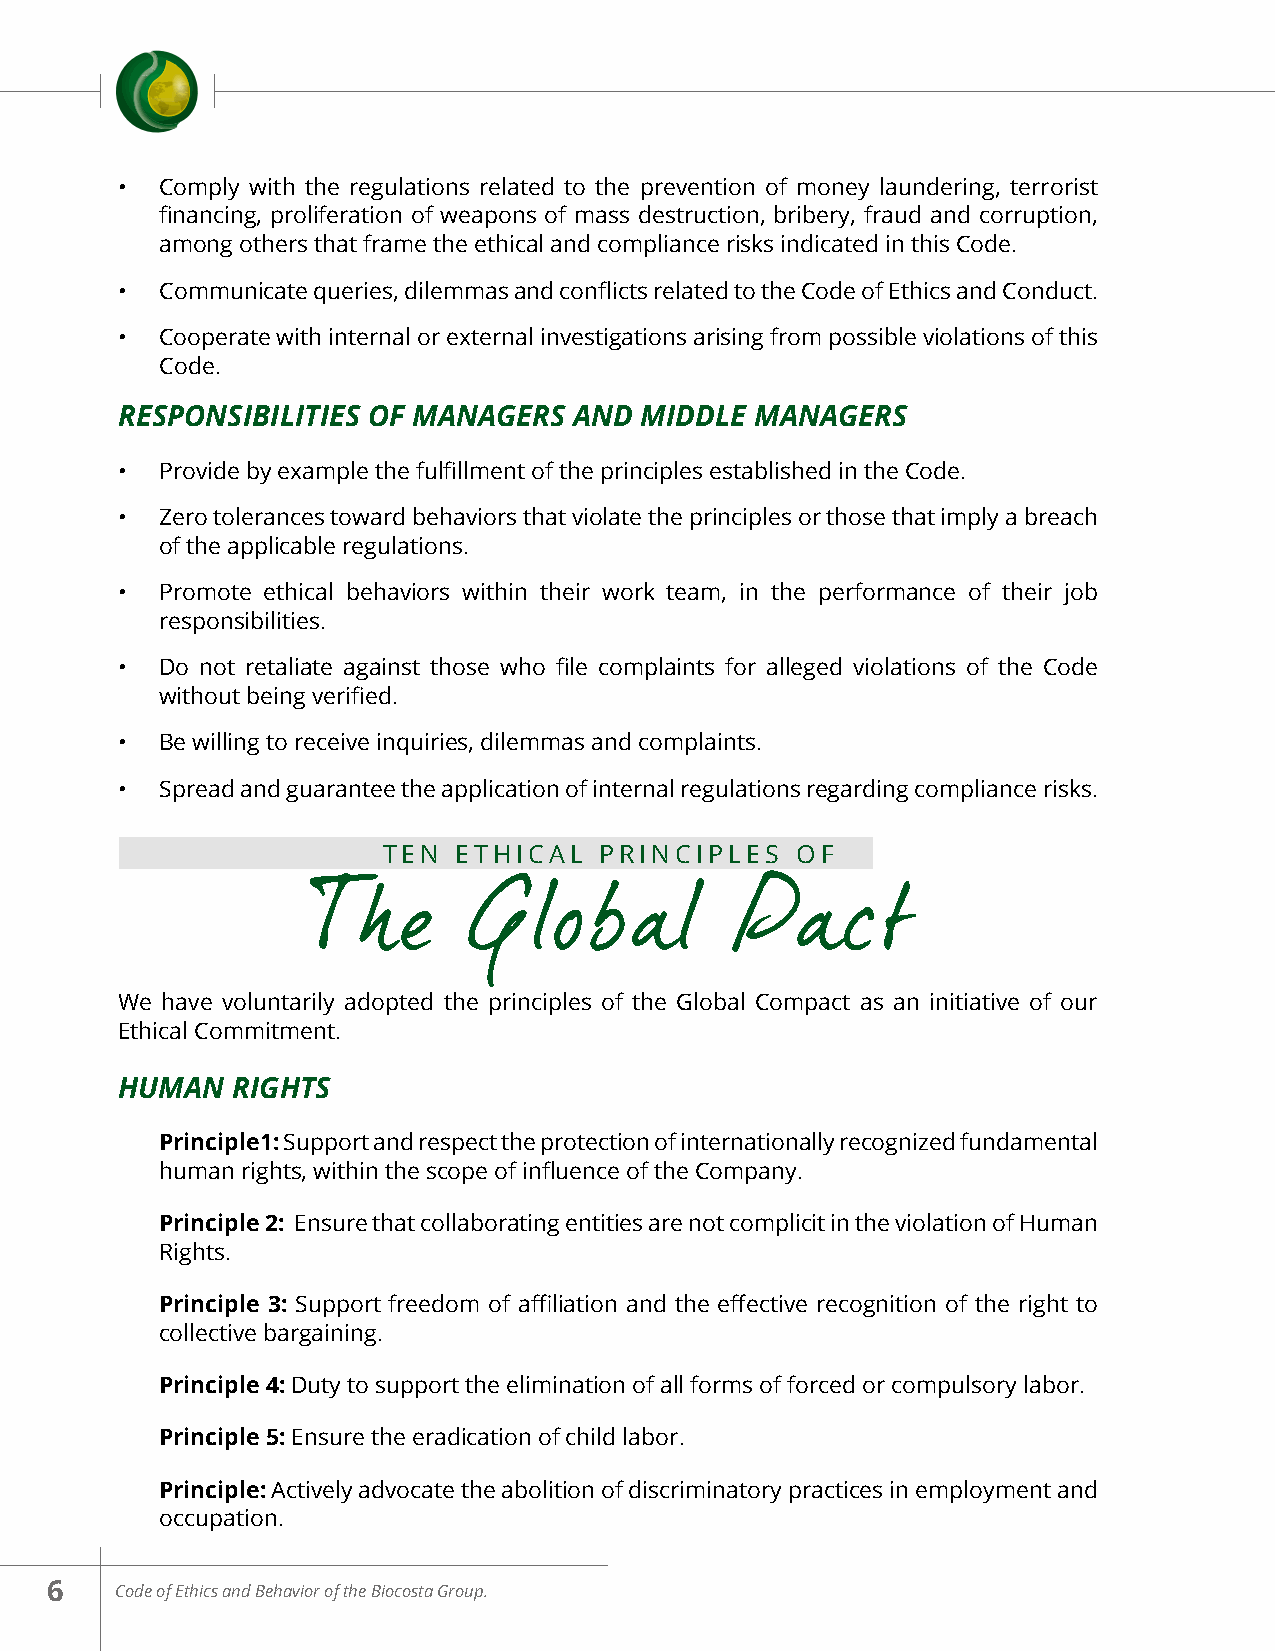
•  Comply with the regulations related to the prevention of money laundering, terrorist
 financing, proliferation of weapons of mass destruction, bribery, fraud and corruption,
 among others that frame the ethical and compliance risks indicated in this Code.
 •  Communicate queries, dilemmas and conflicts related to the Code of Ethics and Conduct.
 •  Cooperate with internal or external investigations arising from possible violations of this
 Code.
 RESPONSIBILITIES OF MANAGERS  AND MIDDLE  MANAGERS
 •  Provide by example the fulfillment of the principles established in the Code.
 •  Zero tolerances toward behaviors that violate the principles or those that imply a breach
 of the applicable regulations.
 •  Promote ethical behaviors within their work team, in the performance of their job
 responsibilities.
 •  Do not retaliate against those who file complaints for alleged violations of the Code
 without being verified.
 •  Be willing to receive inquiries, dilemmas and complaints.
 •  Spread and guarantee the application of internal regulations regarding compliance risks.
 TEN  ETHICAL   PRINCIPLES   OF
 The        Global           Pact
 We have voluntarily adopted the principles of the Global Compact as an initiative of our
 Ethical Commitment.
 HUMAN  RIGHTS
 Principle1: Support and respect the protection of internationally recognized fundamental
 human rights, within the scope of influence of the Company.
 Principle 2: Ensure that collaborating entities are not complicit in the violation of Human
 Rights.
 Principle 3: Support freedom of affiliation and the effective recognition of the right to
 collective bargaining.
 Principle 4: Duty to support the elimination of all forms of forced or compulsory labor.
 Principle 5: Ensure the eradication of child labor.
 Principle: Actively advocate the abolition of discriminatory practices in employment and
 occupation.
 6    Code of Ethics and Behavior of the Biocosta Group.